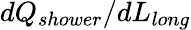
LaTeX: dQ_{shower}/dL_{long}